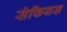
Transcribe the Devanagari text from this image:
सेफियस